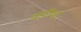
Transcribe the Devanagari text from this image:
वडीया